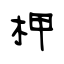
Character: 柙